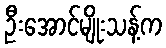
ဦးအောင်မျိုးသန့်က